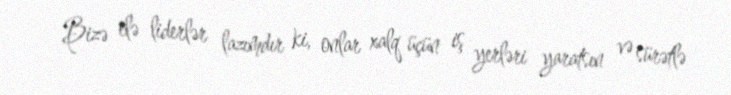
Bizə elə liderlər lazımdır ki, onlar xalq üçün iş yerləri yaratsın və sürətlə